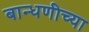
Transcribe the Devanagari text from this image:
बान्धणीच्या